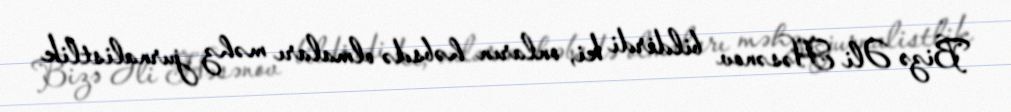
Bizə Əli Həsənov bildirdi ki, onların həbsdə olmaları məhz jurnalistlik